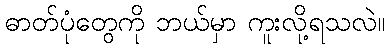
ဓာတ်ပုံတွေကို ဘယ်မှာ ကူးလို့ရသလဲ။